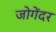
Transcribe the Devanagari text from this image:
जोगेंदर